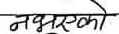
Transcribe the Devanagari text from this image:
नभएको